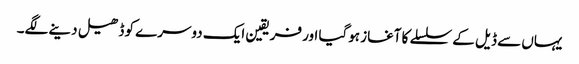
یہاں سے ڈیل کے سلسلے کا آغاز ہوگیا اور فریقین ایک دوسرے کو ڈھیل دینے لگے۔